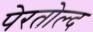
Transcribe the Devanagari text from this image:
पेरतोल्द